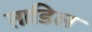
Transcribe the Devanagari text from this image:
ताडिल